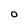
Character: O